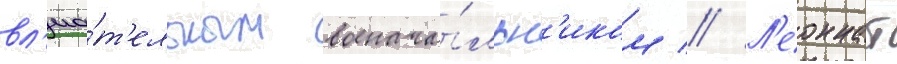
вл'иа́т'ельным военача́льн'иком // Л'еоннат